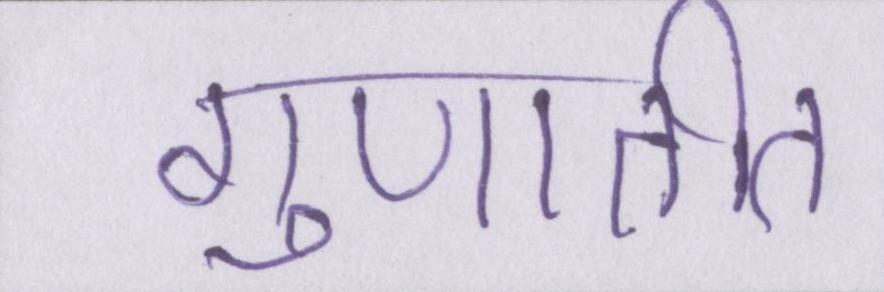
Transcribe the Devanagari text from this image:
गुणातीत